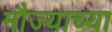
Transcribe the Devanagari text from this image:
मौज्याच्या